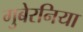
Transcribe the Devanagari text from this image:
गुबेरनिया